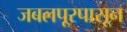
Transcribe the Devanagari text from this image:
जबलपूरपासून